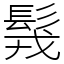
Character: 䯷